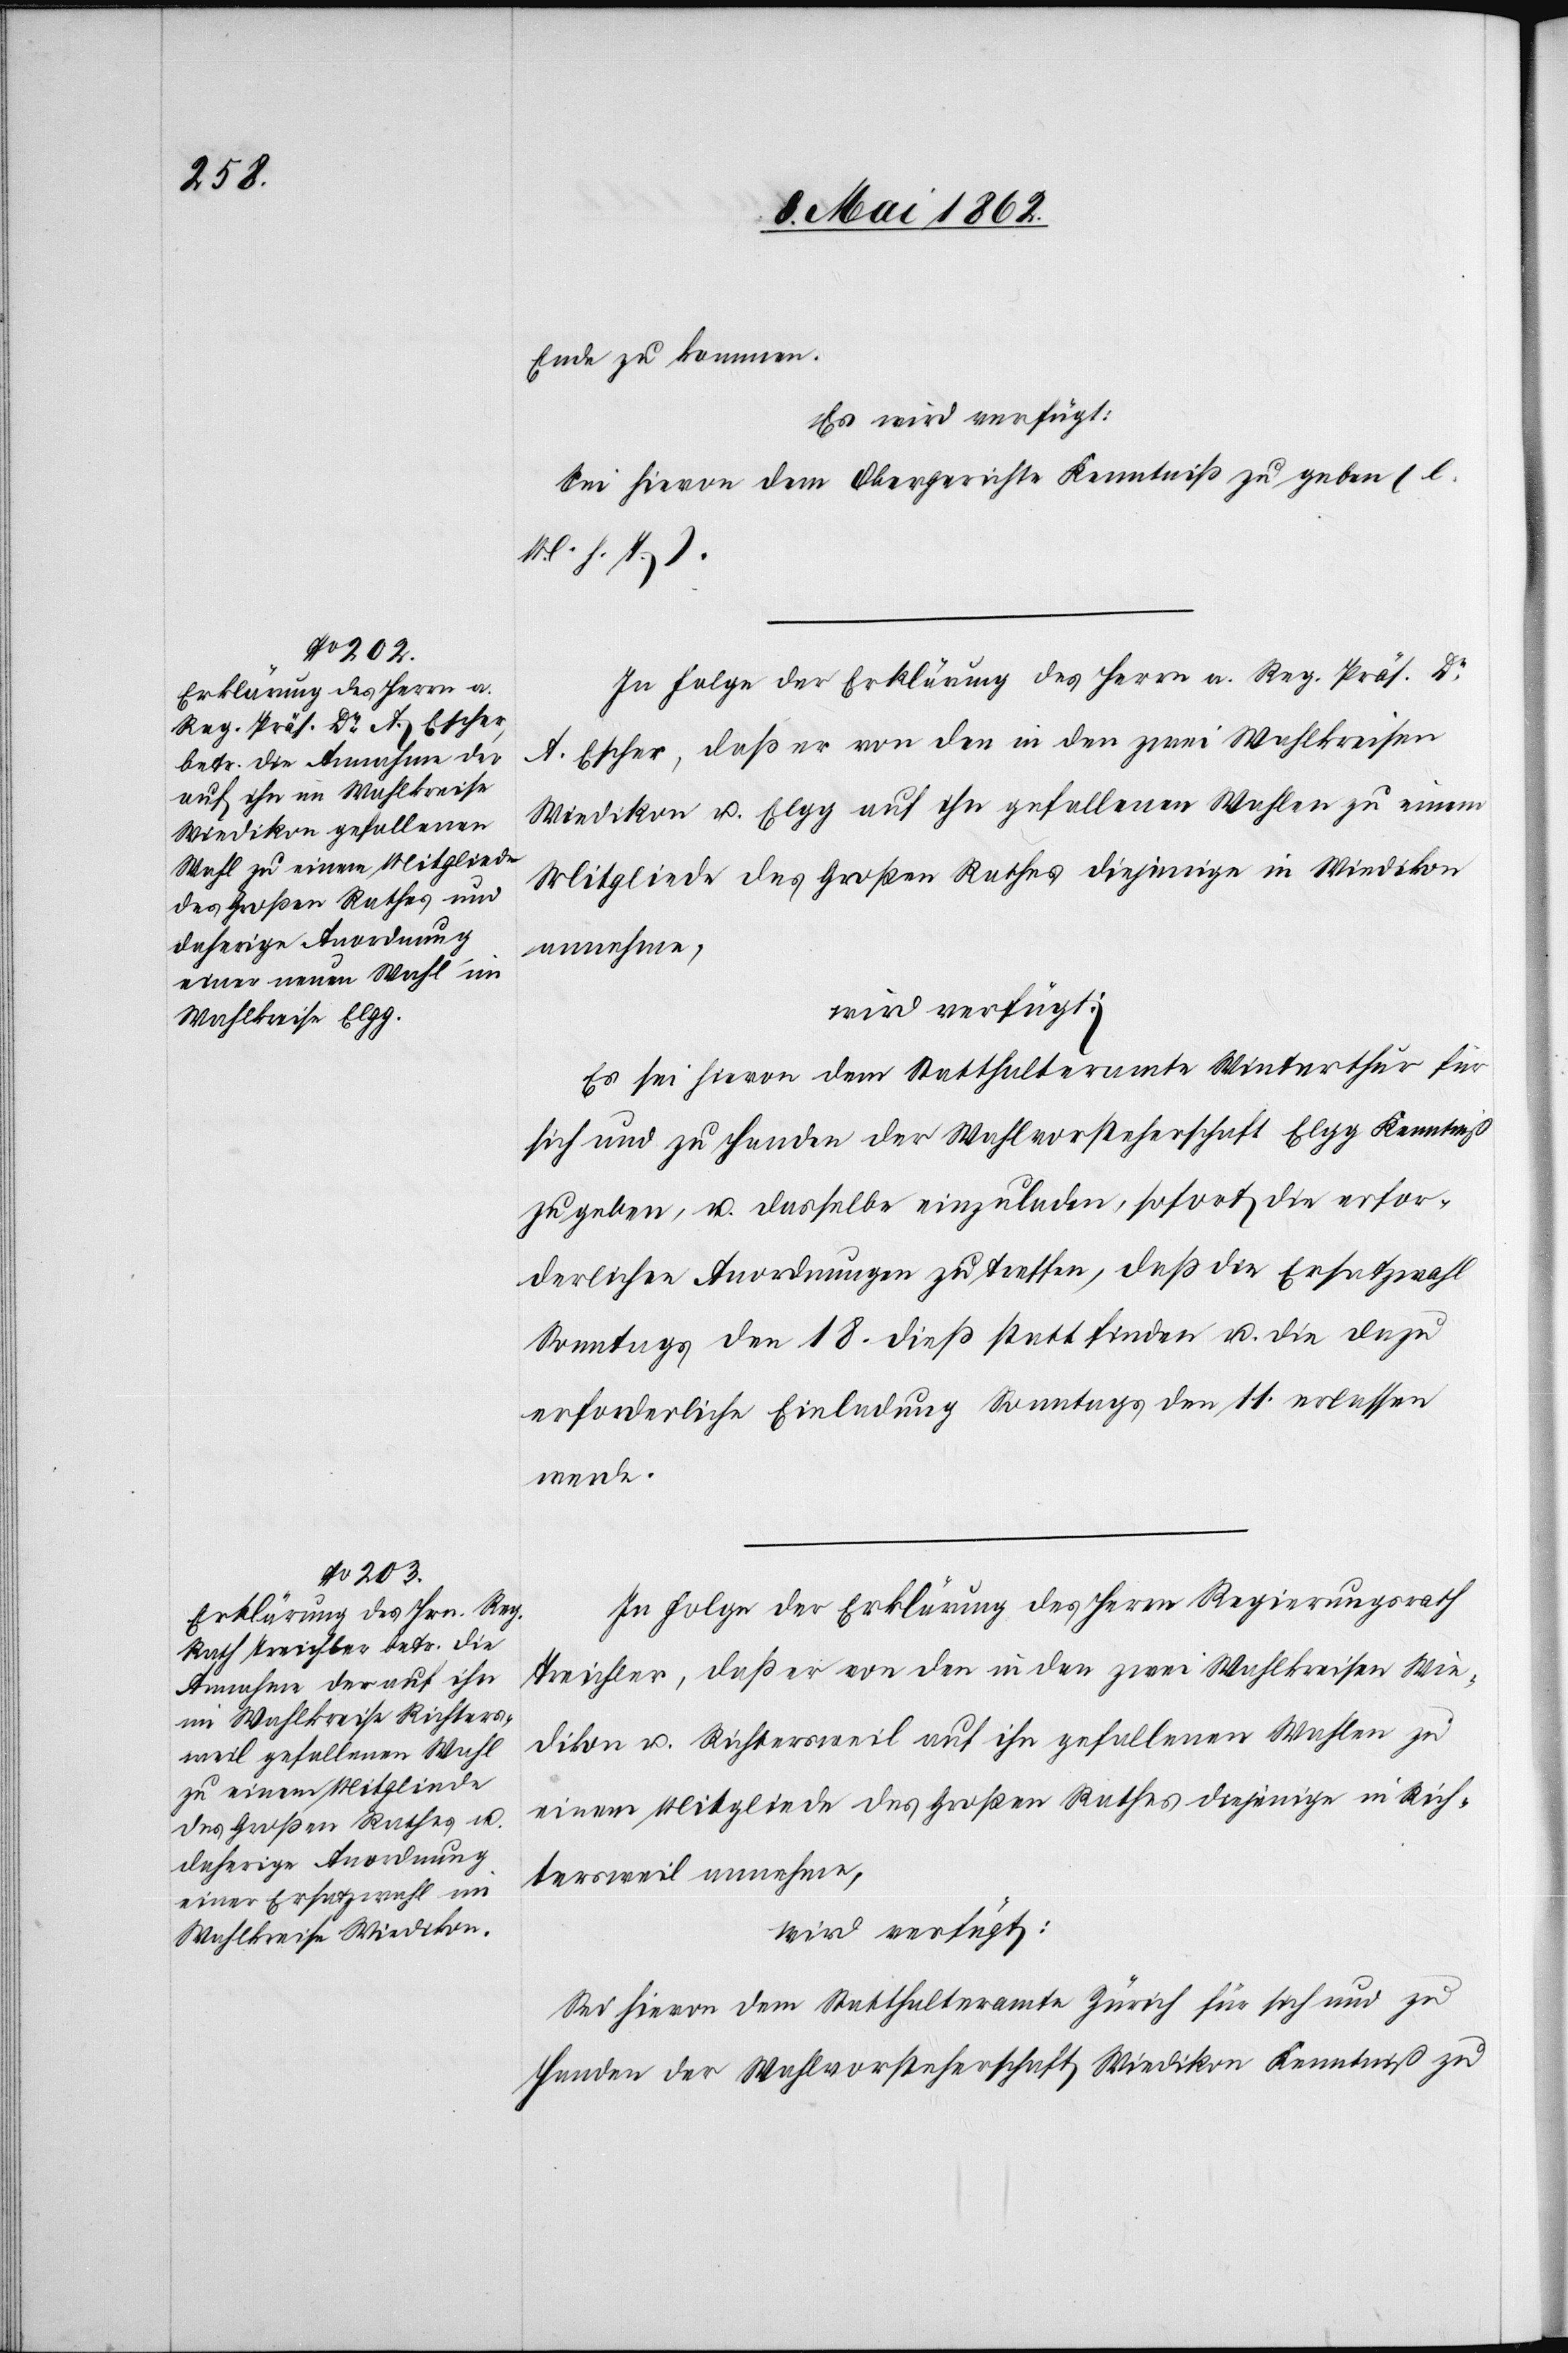
9. Mai 1862.]
Ende zu kommen.
Es wird verfügt:
Sei hievon dem Obergerichte Kenntniß zu geben (l.
M. h. T.).
In Folge der Erklärung des Herrn a. Regierung. Präs. Dr.
A. Escher, daß er von den in den zwei Wahlkreisen
Wiedikon u. Elgg auf ihn gefallenen Wahlen zu einem
Mitgliede des Großen Rathes diejenige in Wiedikon
annehme,
wird verfügt:
Es sei hievon dem Statthalteramte Winterthur für
sich und zu Handen der Wahlvorsteherschaft Elgg Kenntniß
zu geben, u. dasselbe einzuladen, sofort die erfor¬
derlichen Anordnungen zu treffen, daß die Ersatzwahl
Sonntags den 18. dieß statt finden u. die dazu
erforderliche Einladung Sonntags den 11. erlassen
werde.
In Folge der Erklärung des Herrn Regierungsrath
Treichler, daß er von den in den zwei Wahlkreisen Wie¬
dikon u. Richtersweil auf ihn gefallenen Wahlen zu
einem Mitgliede des Großen Rathes diejenige in Rich¬
tersweil annehme,
wird verfügt:
Sei hievon dem Statthalteramte Zürich für sich und zu
Handen der Wahlvorsteherschaft Wiedikon Kenntniß zu